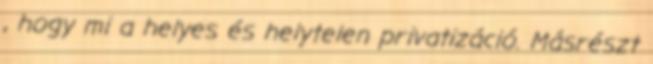
, hogy mi a helyes és helytelen privatizáció. Másrészt